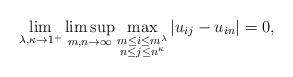
LaTeX: \begin{align*}\lim_{\lambda, \kappa\to 1^+}\limsup_{m,n\to \infty}\max_{\substack{m\leq i\leq m^\lambda\\ n\leq j\leq n^\kappa}}|u_{ij}-u_{in}|= 0,\end{align*}